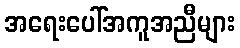
အရေးပေါ်အကူအညီများ